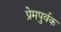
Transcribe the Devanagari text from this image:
प्रेमपुर्वक